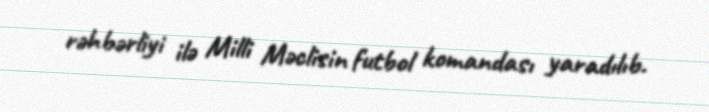
rəhbərliyi ilə Milli Məclisin futbol komandası yaradılıb.